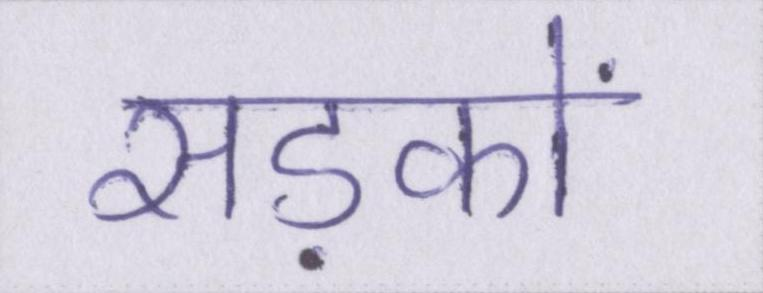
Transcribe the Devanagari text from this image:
सड़कों